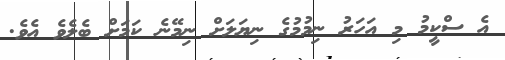
އެ ސްކީމު މި އަހަރު ނިމުމުގެ ނިޔަލަށް ނިމޭނެ ކަމަށް ބެލެވެ އެވެ.